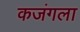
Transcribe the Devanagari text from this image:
कजंगला